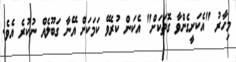
މިހާރު "އެކަށީގެންވާ ގޮތަކަށް" އެކަން ކުރެވޭ ކަމަކަށް އޭނާ ގަބޫލެއް ނުކުރެ އެވެ.